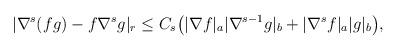
LaTeX: \begin{align*}&|\nabla^s(fg)-f \nabla^s g|_r\leq C_s\big(|\nabla f|_a |\nabla^{s-1}g|_b+|\nabla^s f|_a|g|_b\big),\end{align*}